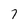
Character: 7